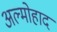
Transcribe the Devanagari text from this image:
अल्मोहाद